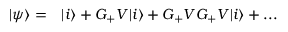
\begin{array} { r l } { | \psi \rangle = } & { { } | i \rangle + G _ { + } V | i \rangle + G _ { + } V G _ { + } V | i \rangle + . . . } \end{array}